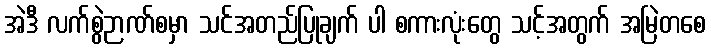
အဲဒီ လက်စွဲဉာဏ်စမှာ သင်အတည်ပြုချက် ပါ စကားလုံးတွေ သင့်အတွက် အမြဲတစေ